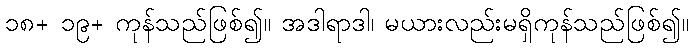
၁၈+ ၁၉+ ကုန်သည်ဖြစ်၍။ အဒါရာဒါ၊ မယားလည်းမရှိကုန်သည်ဖြစ်၍။